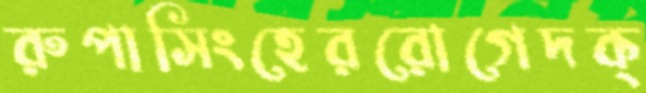
রুপাসিংহেররোগেদক্